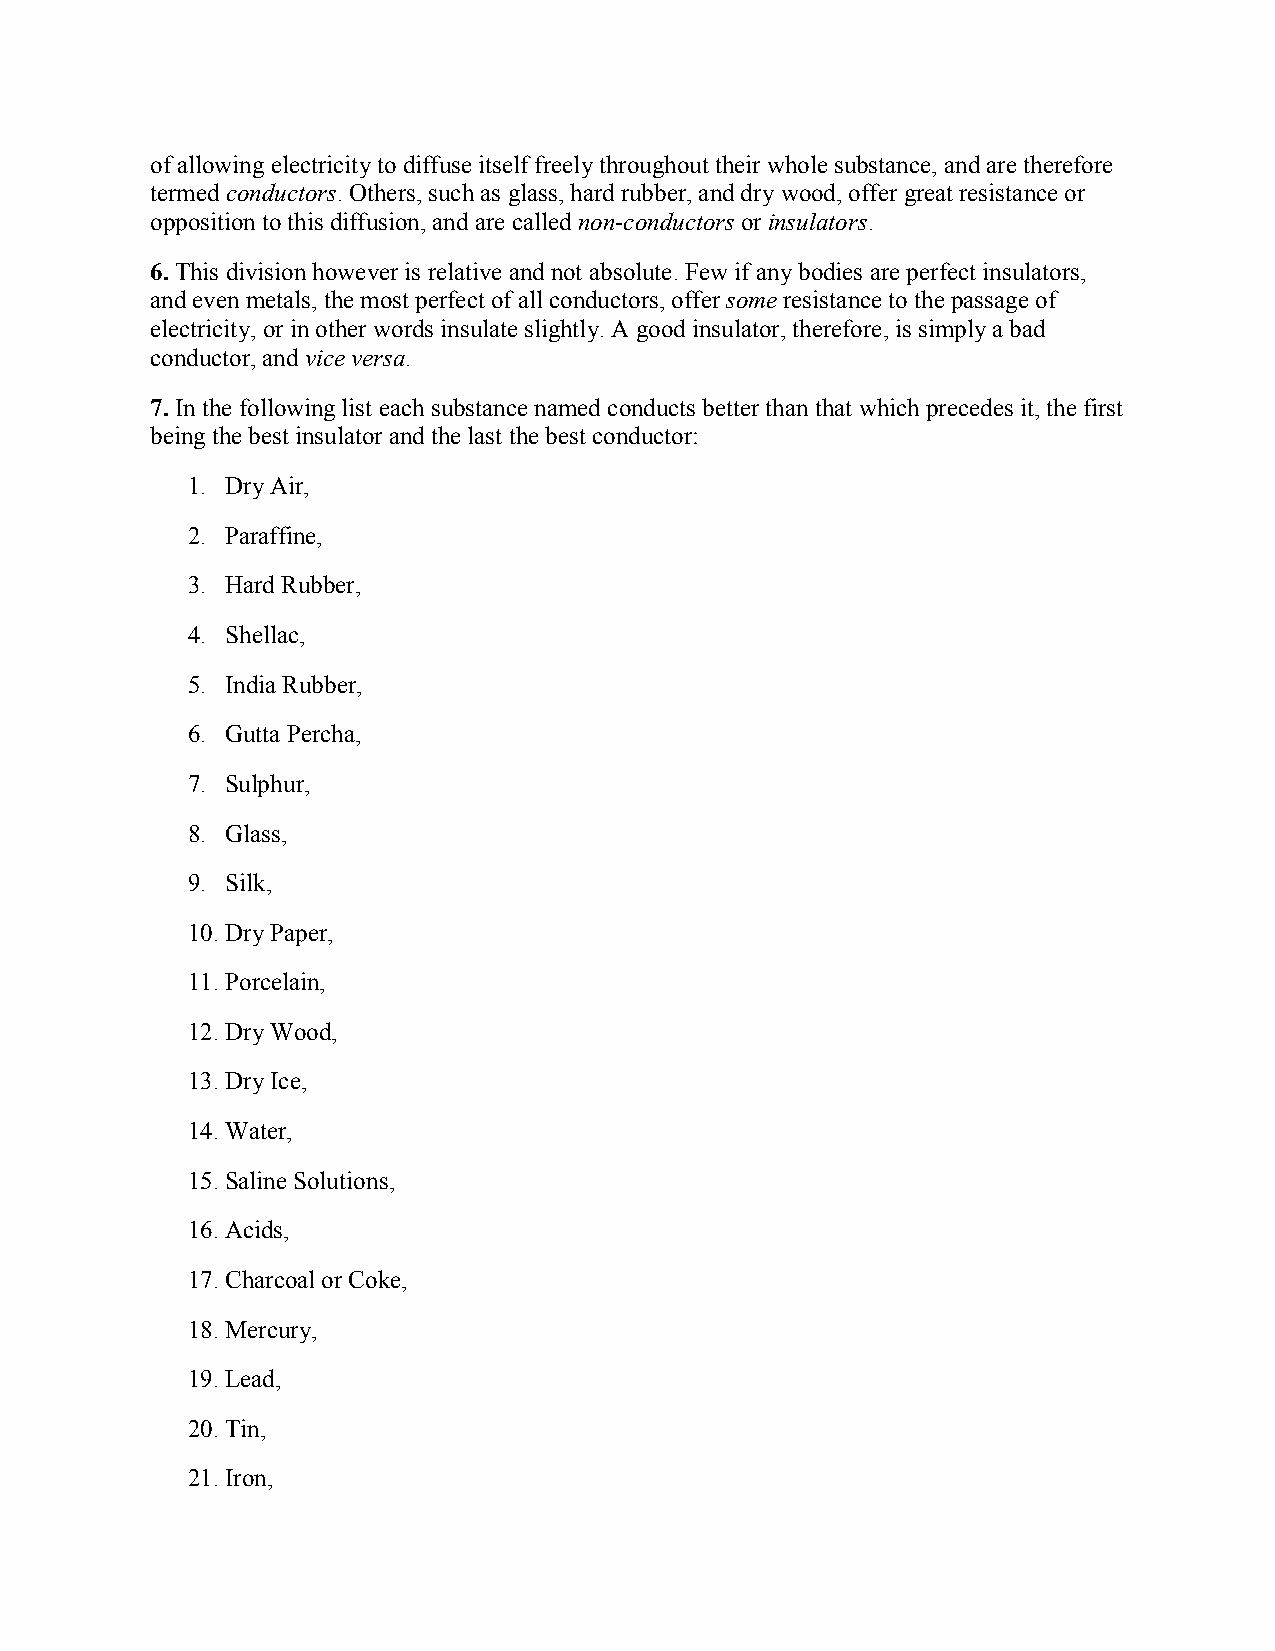
of allowing electricity to diffuse itself freely throughout their whole substance, and are therefore
 termed conductors. Others, such as glass, hard rubber, and dry wood, offer great resistance or
 opposition to this diffusion, and are called non-conductors or insulators.
 6. This division however is relative and not absolute. Few if any bodies are perfect insulators,
 and even metals, the most perfect of all conductors, offer some resistance to the passage of
 electricity, or in other words insulate slightly. A good insulator, therefore, is simply a bad
 conductor, and vice versa.
 7. In the following list each substance named conducts better than that which precedes it, the first
 being the best insulator and the last the best conductor:
 1. Dry Air,
 2. Paraffine,
 3. Hard Rubber,
 4. Shellac,
 5. India Rubber,
 6. Gutta Percha,
 7. Sulphur,
 8. Glass,
 9. Silk,
 10. Dry Paper,
 11. Porcelain,
 12. Dry Wood,
 13. Dry Ice,
 14. Water,
 15. Saline Solutions,
 16. Acids,
 17. Charcoal or Coke,
 18. Mercury,
 19. Lead,
 20. Tin,
 21. Iron,